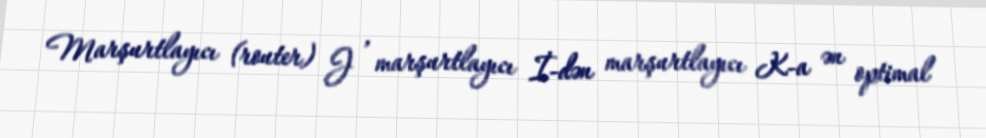
Marşurtlayıcı (router) J , marşurtlayıcı İ-dən marşurtlayıcı K-a ən optimal